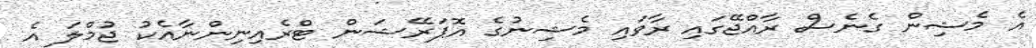
އެ މެޝިން ގެނެސް ރާއްޖޭގައި ރާވައި މެޝިނުގެ އޮޕަރޭޝަން ޓްރެއިނިންނާއެކު ޖުމްލަ އެ